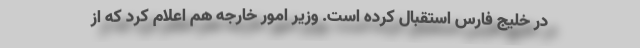
در خلیج فارس استقبال کرده است. وزیر امور خارجه هم اعلام کرد که از